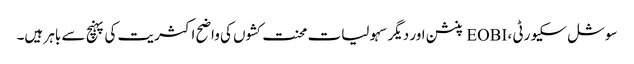
سوشل سکیورٹی ، EOBI پنشن اور دیگر سہولیات محنت کشوں کی واضح اکثریت کی پہنچ سے باہر ہیں۔